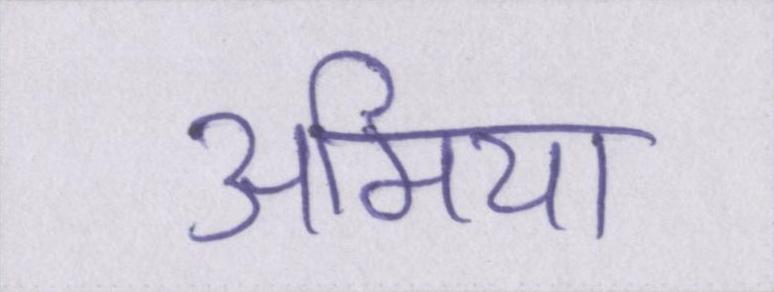
अमिया